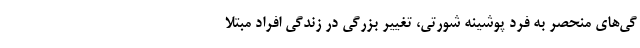
گی‌های منحصر به فرد پوشینه شورتی، تغییر بزرگی در زندگی افراد مبتلا